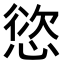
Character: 𢝩